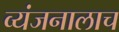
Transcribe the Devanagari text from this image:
व्यंजनालाच